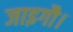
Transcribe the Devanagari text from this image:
जाइगौ।